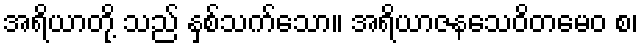
အရိယာတို့ သည် နှစ်သက်သော။ အရိယာဇနသေဝိတမေဝ စ၊